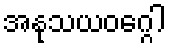
အနုသယဝဂ္ဂေါ